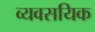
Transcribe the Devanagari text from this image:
व्यवसयिक